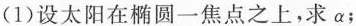
(2)设太阳在椭圆一焦点之上，求α；